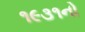
૧૯૩૧નો